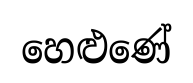
හෙළුණේ